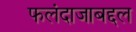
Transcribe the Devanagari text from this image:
फलंदाजाबद्दल